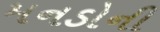
મનડોની